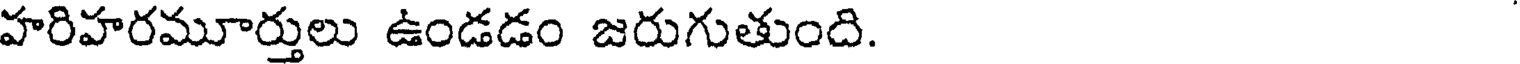
హరిహరమూర్తులు ఉండడం జరుగుతుంది.